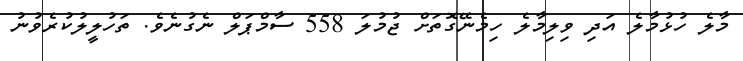
މާލެ ހުޅުމާލެ އަދި ވިލިމާލެ ހިމެނޭގޮތަށް ޖުމުލަ 558 ސާމްޕަލް ނެގުނެވެ. ތަހުލީލުކުރެވުނު